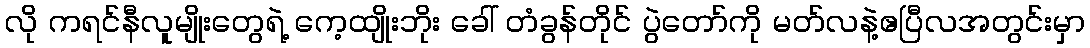
လို ကရင်နီလူမျိုးတွေရဲ့ ကေ့ထျိုးဘိုး ခေါ် တံခွန်တိုင် ပွဲတော်ကို မတ်လနဲ့ဧပြီလအတွင်းမှာ